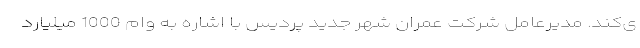
ی‌کند. مدیرعامل شرکت عمران شهر جدید پردیس با اشاره به وام 1000 میلیارد